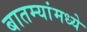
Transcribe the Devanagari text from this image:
बातम्यांमध्ये